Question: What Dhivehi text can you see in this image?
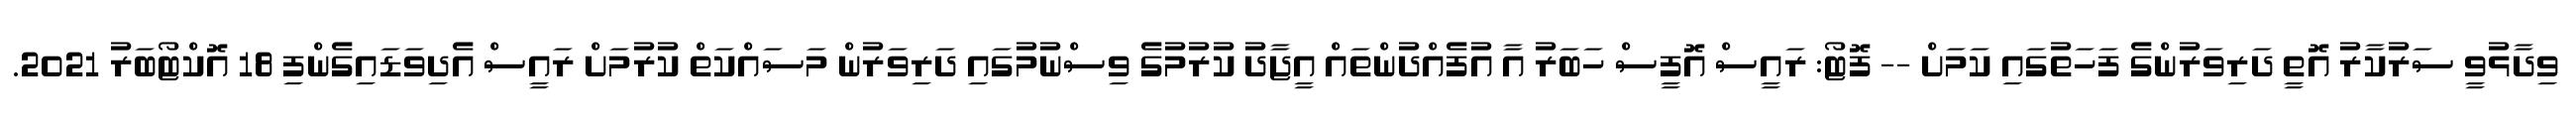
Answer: ވިދާޅުވީ ސަރުކާރު އޮތީ ދަރިވަރުންގެ ފަހަތުގައި ކަމަށް -- ފޮޓޯ: ރައީސް އޮފީސް ހަބަރު އާ އުފެއްދުންތައް އީޖާދު ކުރުމުގެ ވިސްނުމުގައި ދަރިވަރުން މަސައްކަތް ކުރުމަށް ރައީސް އެދިވަޑައިގެންފި 18 އޮކްޓޯބަރު 2021.